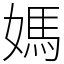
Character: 媽